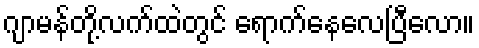
ဂျာမန်တို့လက်ထဲတွင် ရောက်နေလေပြီလော။